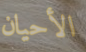
الأحيان